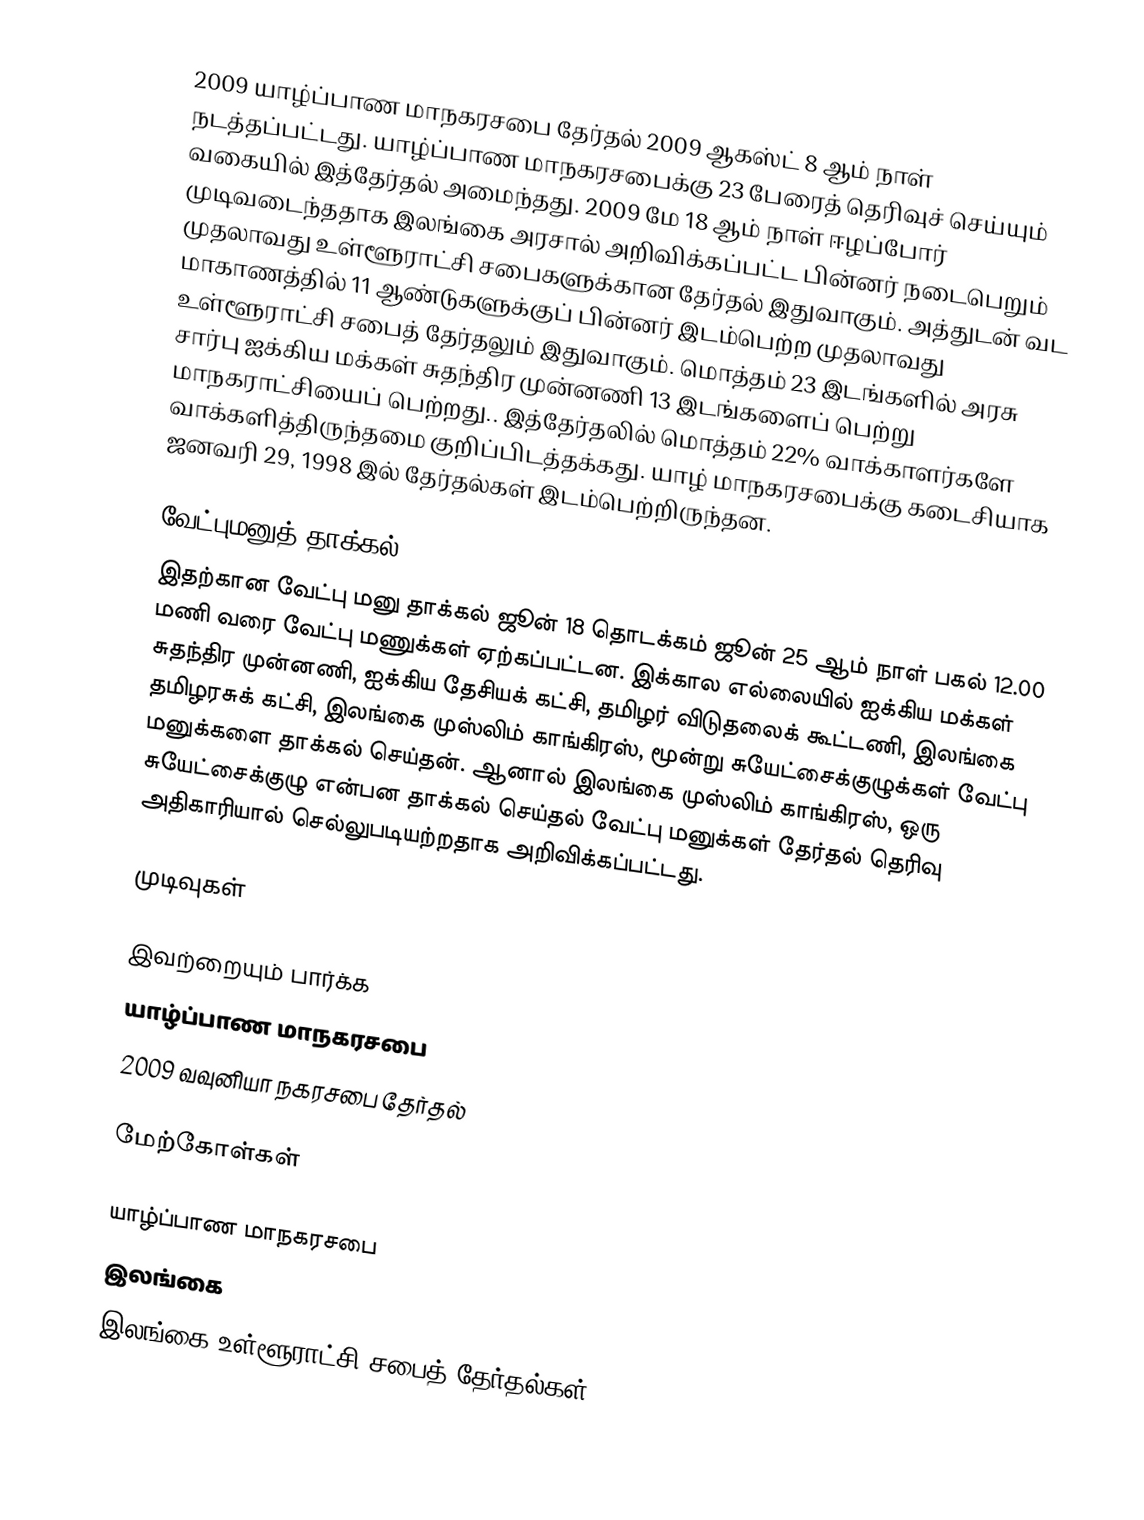
2009 யாழ்ப்பாண மாநகரசபை தேர்தல் 2009 ஆகஸ்ட் 8 ஆம் நாள்  நடத்தப்பட்டது. யாழ்ப்பாண மாநகரசபைக்கு 23 பேரைத் தெரிவுச் செய்யும் வகையில் இத்தேர்தல் அமைந்தது. 2009 மே 18 ஆம் நாள் ஈழப்போர் முடிவடைந்ததாக இலங்கை அரசால் அறிவிக்கப்பட்ட பின்னர் நடைபெறும் முதலாவது உள்ளூராட்சி சபைகளுக்கான தேர்தல் இதுவாகும். அத்துடன் வட மாகாணத்தில் 11 ஆண்டுகளுக்குப் பின்னர் இடம்பெற்ற முதலாவது உள்ளூராட்சி சபைத் தேர்தலும் இதுவாகும். மொத்தம் 23 இடங்களில் அரசு சார்பு ஐக்கிய மக்கள் சுதந்திர முன்னணி 13 இடங்களைப் பெற்று மாநகராட்சியைப் பெற்றது.. இத்தேர்தலில் மொத்தம் 22% வாக்காளர்களே வாக்களித்திருந்தமை குறிப்பிடத்தக்கது. யாழ் மாநகரசபைக்கு கடைசியாக ஜனவரி 29, 1998 இல் தேர்தல்கள் இடம்பெற்றிருந்தன.

வேட்புமனுத் தாக்கல்
இதற்கான வேட்பு மனு தாக்கல் ஜூன் 18 தொடக்கம் ஜூன் 25 ஆம் நாள் பகல் 12.00 மணி வரை வேட்பு மணுக்கள் ஏற்கப்பட்டன. இக்கால எல்லையில் ஐக்கிய மக்கள் சுதந்திர முன்னணி, ஐக்கிய தேசியக் கட்சி, தமிழர் விடுதலைக் கூட்டணி, இலங்கை தமிழரசுக் கட்சி, இலங்கை முஸ்லிம் காங்கிரஸ், மூன்று  சுயேட்சைக்குழுக்கள் வேட்பு மனுக்களை தாக்கல் செய்தன். ஆனால் இலங்கை முஸ்லிம் காங்கிரஸ், ஒரு சுயேட்சைக்குழு என்பன தாக்கல் செய்தல் வேட்பு மனுக்கள் தேர்தல் தெரிவு அதிகாரியால் செல்லுபடியற்றதாக அறிவிக்கப்பட்டது.

முடிவுகள்

இவற்றையும் பார்க்க
 யாழ்ப்பாண மாநகரசபை
 2009 வவுனியா நகரசபை தேர்தல்

மேற்கோள்கள்

யாழ்ப்பாண மாநகரசபை
இலங்கை
இலங்கை உள்ளூராட்சி சபைத் தேர்தல்கள்